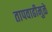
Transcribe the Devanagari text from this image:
तापवाढीमुळे